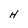
Character: H